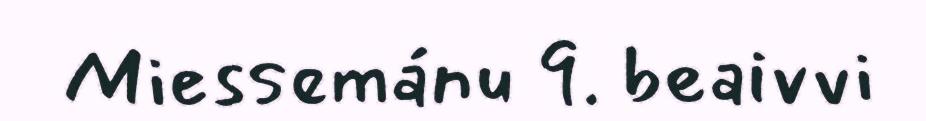
Miessemánu 9. beaivvi